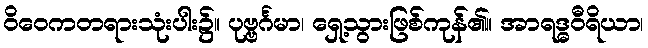
ဝိဝေကတရားသုံးပါး၌။ ပုဗ္ဗင်္ဂမာ၊ ရှေ့သွားဖြစ်ကုန်၏။ အာရဒ္ဓဝီရိယာ၊